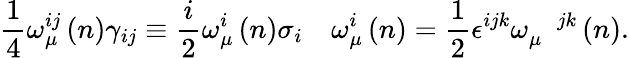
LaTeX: \frac{1}{4}\omega_{\mu}^{ij}\left(n\right)\gamma_{ij}\equiv\frac{i}{2}\omega_{\mu}^{i}\left(n\right)\sigma_{i}\quad\omega_{\mu}^{i}\left(n\right)=\frac{1}{2}\epsilon^{ijk}\omega_{\mu}^{\quad jk}\left(n\right).